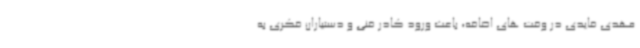
مهدی قایدی در وقت های اضافه، باعث ورود کادر فنی و دستیاران فکری به